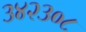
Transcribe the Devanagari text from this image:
३४२३०८